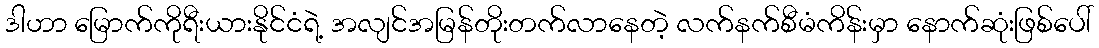
ဒါဟာ မြောက်ကိုရီးယားနိုင်ငံရဲ့ အလျင်အမြန်တိုးတက်လာနေတဲ့ လက်နက်စီမံကိန်းမှာ နောက်ဆုံးဖြစ်ပေါ်